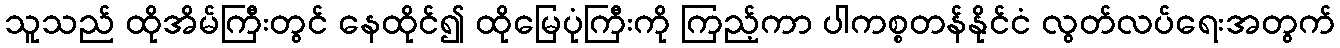
သူသည် ထိုအိမ်ကြီးတွင် နေထိုင်၍ ထိုမြေပုံကြီးကို ကြည့်ကာ ပါကစ္စတန်နိုင်ငံ လွတ်လပ်ရေးအတွက်